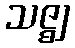
သဇ္ဈ